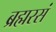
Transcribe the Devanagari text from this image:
ब्रह्मरसं